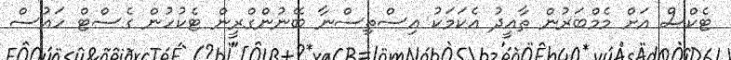
ޓެކްސް އަށް މެމްބަރުން ތާއީދު އެކަމަކު އިސްތިސްނާ ބޭނުންގްރީން ޓެކުހުން ގެސްޓް ހައުސް